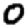
Digit: 0